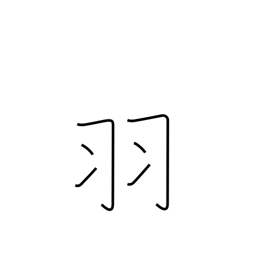
Meaning: counter for birds, rabbits